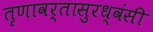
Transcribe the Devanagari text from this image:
तृणावर्तासुरध्वंसी